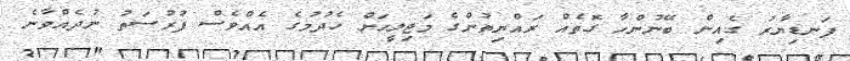
ފަނޑިޔާރު ގެއިން ބޭނުންހާ ގޮތެއް ރައްޔިތުންގެ މަޖިލީހަށް ހެދުމުގެ އެއްވެސް ފުރުސަތު ނުދެއްވާނެ